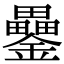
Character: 𨯔